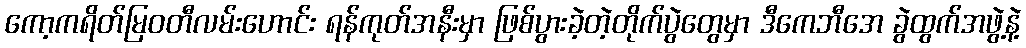
ကော့ကရိတ်မြဝတီလမ်းဟောင်း ရန်ကုတ်အနီးမှာ ဖြစ်ပွားခဲ့တဲ့တိုက်ပွဲတွေမှာ ဒီကေဘီအေ ခွဲထွက်အဖွဲ့နဲ့